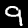
Label: 9